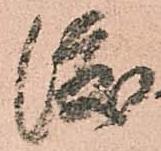
渡